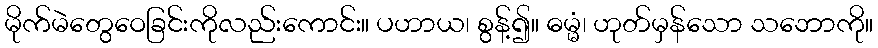
မိုက်မဲတွေဝေခြင်းကိုလည်းကောင်း။ ပဟာယ၊ စွန့်၍။ ဓမ္မံ၊ ဟုတ်မှန်သော သဘောကို။